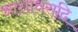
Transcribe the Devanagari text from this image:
आशाधरादि